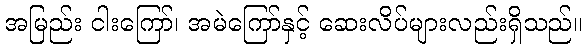
အမြည်း ငါးကြော်၊ အမဲကြော်နှင့် ဆေးလိပ်များလည်းရှိသည်။